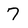
Character: 7